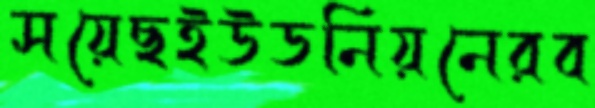
সয়েছইউডনিয়নেরব